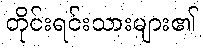
တိုင်းရင်းသားများ၏